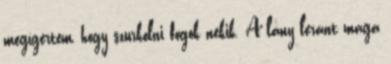
megígértem, hogy szurkolni fogok nekik. A lány leránt maga